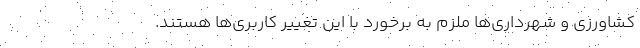
کشاورزی و شهرداری‌ها ملزم به برخورد با این تغییر کاربری‌ها هستند.